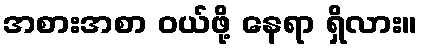
အစားအစာ ဝယ်ဖို့ နေရာ ရှိလား။